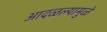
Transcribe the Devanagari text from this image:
आदळल्यामुळे